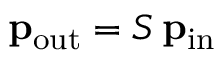
\mathbf { p } _ { \mathrm { { o u t } } } = S \, \mathbf { p } _ { \mathrm { { i n } } }